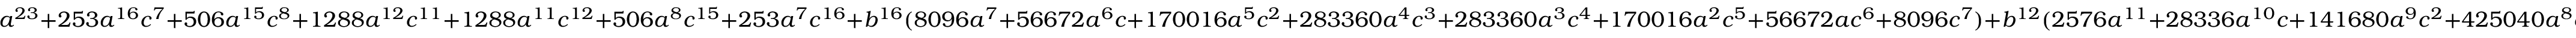
a ^ { 2 3 } + 2 5 3 a ^ { 1 6 } c ^ { 7 } + 5 0 6 a ^ { 1 5 } c ^ { 8 } + 1 2 8 8 a ^ { 1 2 } c ^ { 1 1 } + 1 2 8 8 a ^ { 1 1 } c ^ { 1 2 } + 5 0 6 a ^ { 8 } c ^ { 1 5 } + 2 5 3 a ^ { 7 } c ^ { 1 6 } + b ^ { 1 6 } ( 8 0 9 6 a ^ { 7 } + 5 6 6 7 2 a ^ { 6 } c + 1 7 0 0 1 6 a ^ { 5 } c ^ { 2 } + 2 8 3 3 6 0 a ^ { 4 } c ^ { 3 } + 2 8 3 3 6 0 a ^ { 3 } c ^ { 4 } + 1 7 0 0 1 6 a ^ { 2 } c ^ { 5 } + 5 6 6 7 2 a c ^ { 6 } + 8 0 9 6 c ^ { 7 } ) + b ^ { 1 2 } ( 2 5 7 6 a ^ { 1 1 } + 2 8 3 3 6 a ^ { 1 0 } c + 1 4 1 6 8 0 a ^ { 9 } c ^ { 2 } + 4 2 5 0 4 0 a ^ { 8 } c ^ { 3 } + 8 5 0 0 8 0 a ^ { 7 } c ^ { 4 } + 1 1 9 0 1 1 2 a ^ { 6 } c ^ { 5 } + 1 1 9 0 1 1 2 a ^ { 5 } c ^ { 6 } + 8 5 0 0 8 0 a ^ { 4 } c ^ { 7 } + 4 2 5 0 4 0 a ^ { 3 } c ^ { 8 } + 1 4 1 6 8 0 a ^ { 2 } c ^ { 9 } + 2 8 3 3 6 a c ^ { 1 0 } + 2 5 7 6 c ^ { 1 1 } ) + b ^ { 8 } ( 1 0 1 2 a ^ { 1 4 } c + 7 0 8 4 a ^ { 1 3 } c ^ { 2 } + 2 8 3 3 6 a ^ { 1 2 } c ^ { 3 } + 8 5 0 0 8 a ^ { 1 1 } c ^ { 4 } + 1 9 1 2 6 8 a ^ { 1 0 } c ^ { 5 } + 3 1 8 7 8 0 a ^ { 9 } c ^ { 6 } + 4 0 4 8 0 0 a ^ { 8 } c ^ { 7 } + 4 0 4 8 0 0 a ^ { 7 } c ^ { 8 } + 3 1 8 7 8 0 a ^ { 6 } c ^ { 9 } + 1 9 1 2 6 8 a ^ { 5 } c ^ { 1 0 } + 8 5 0 0 8 a ^ { 4 } c ^ { 1 1 } + 2 8 3 3 6 a ^ { 3 } c ^ { 1 2 } + 7 0 8 4 a ^ { 2 } c ^ { 1 3 } + 1 0 1 2 a c ^ { 1 4 } ) + c ^ { 2 3 }